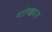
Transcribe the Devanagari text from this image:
ष्टांगहृदय